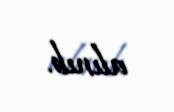
alınıb.